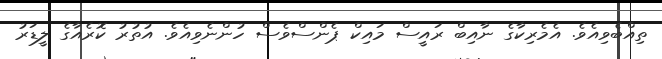
ތިއްބެވިއެވެ. އެމެރިކާގެ ނާއިބް ރައީސް މައިކް ޕެންސްވެސް ހުންނެވިއެވެ. އުތުރު ކޮރެއާގެ ލީޑަރު